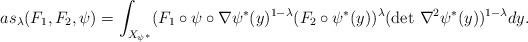
LaTeX: \begin{align*}as_{\lambda}(F_1, F_2, \psi) = \int_{X_{\psi^*}} (F_1\circ\psi\circ\nabla \psi^*(y)^{1-\lambda} (F_2\circ\psi^*(y))^{\lambda} (\det \,\nabla^2 \psi^*(y))^{1-\lambda} dy.\end{align*}